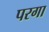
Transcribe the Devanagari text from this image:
परगा